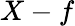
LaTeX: X-f